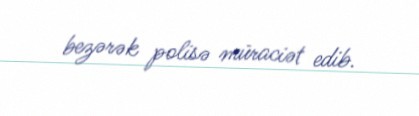
bezərək polisə müraciət edib.